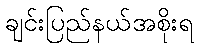
ချင်းပြည်နယ်အစိုးရ